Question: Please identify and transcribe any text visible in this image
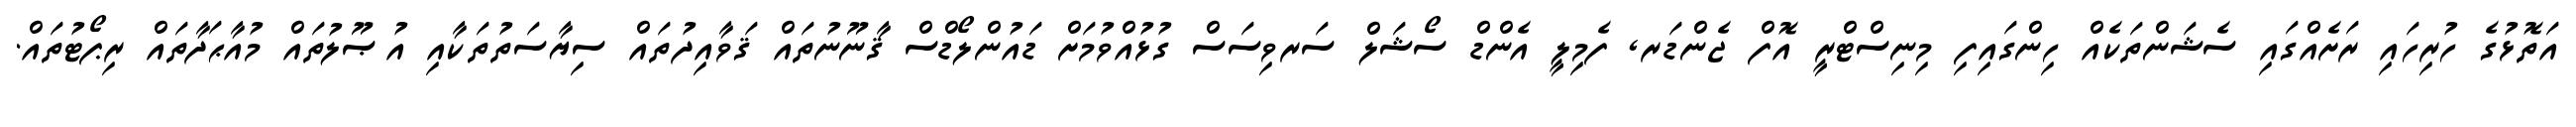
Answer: އަތޮޅުގެ ހުރިހައި ރަށެއްގައި ސެޝަންތަކެއް ހިންގައިފި މިނިސްޓްރީ އޮފް ޖެންޑަރ, ފެމިލީ އެންޑް ސޯޝަލް ސަރވިސަސް ގުޅުއްވުމަށް ޑައުންލޯޑްސް ޤާނޫނުތައް ޤަވާއިދުތައް ސިޔާސަތުތަކާއި އުޞޫލުތައް މުއާޙަދާތައް ރިޕޯޓުތައް.